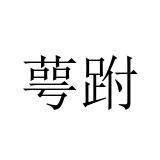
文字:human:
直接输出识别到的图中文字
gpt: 萼跗